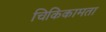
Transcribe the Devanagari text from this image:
चिकिकामता